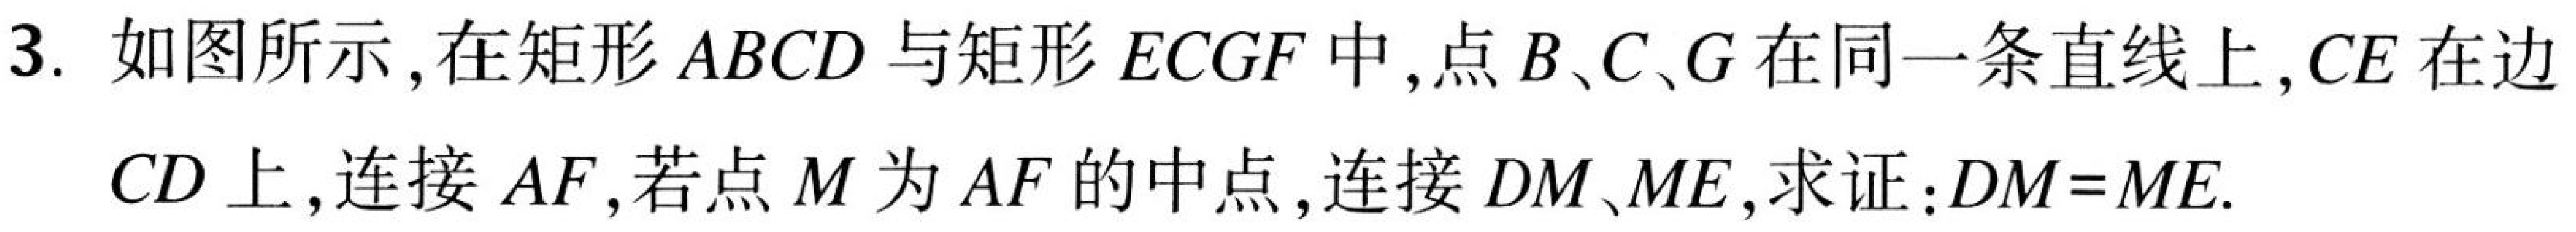
3. 如图所示，在矩形\(ABCD\)与矩形\(ECGF\)中，点\(B、C、G\)在同一条直线上，\(CE\)在边\(CD\)上，连接\(AF\)，若点\(M\)为\(AF\)的中点，连接\(DM、ME\)，求证：\(DM = ME\).